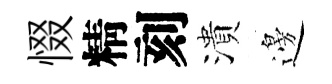
惙精刻潰邊